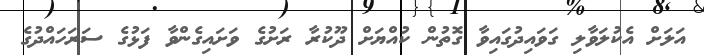
އަލަށް އެކުލަވާލި ގަވައިދުގައިވާ ގޮތުން ކުއްޔަށް ދޫކުރާ ރަށުގެ ވަށައިގެންވާ ފަޅުގެ ސަރަހައްދުގެ